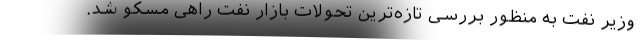
وزیر نفت به ‌منظور بررسی تازه‌ترین تحولات بازار نفت راهی مسکو شد.